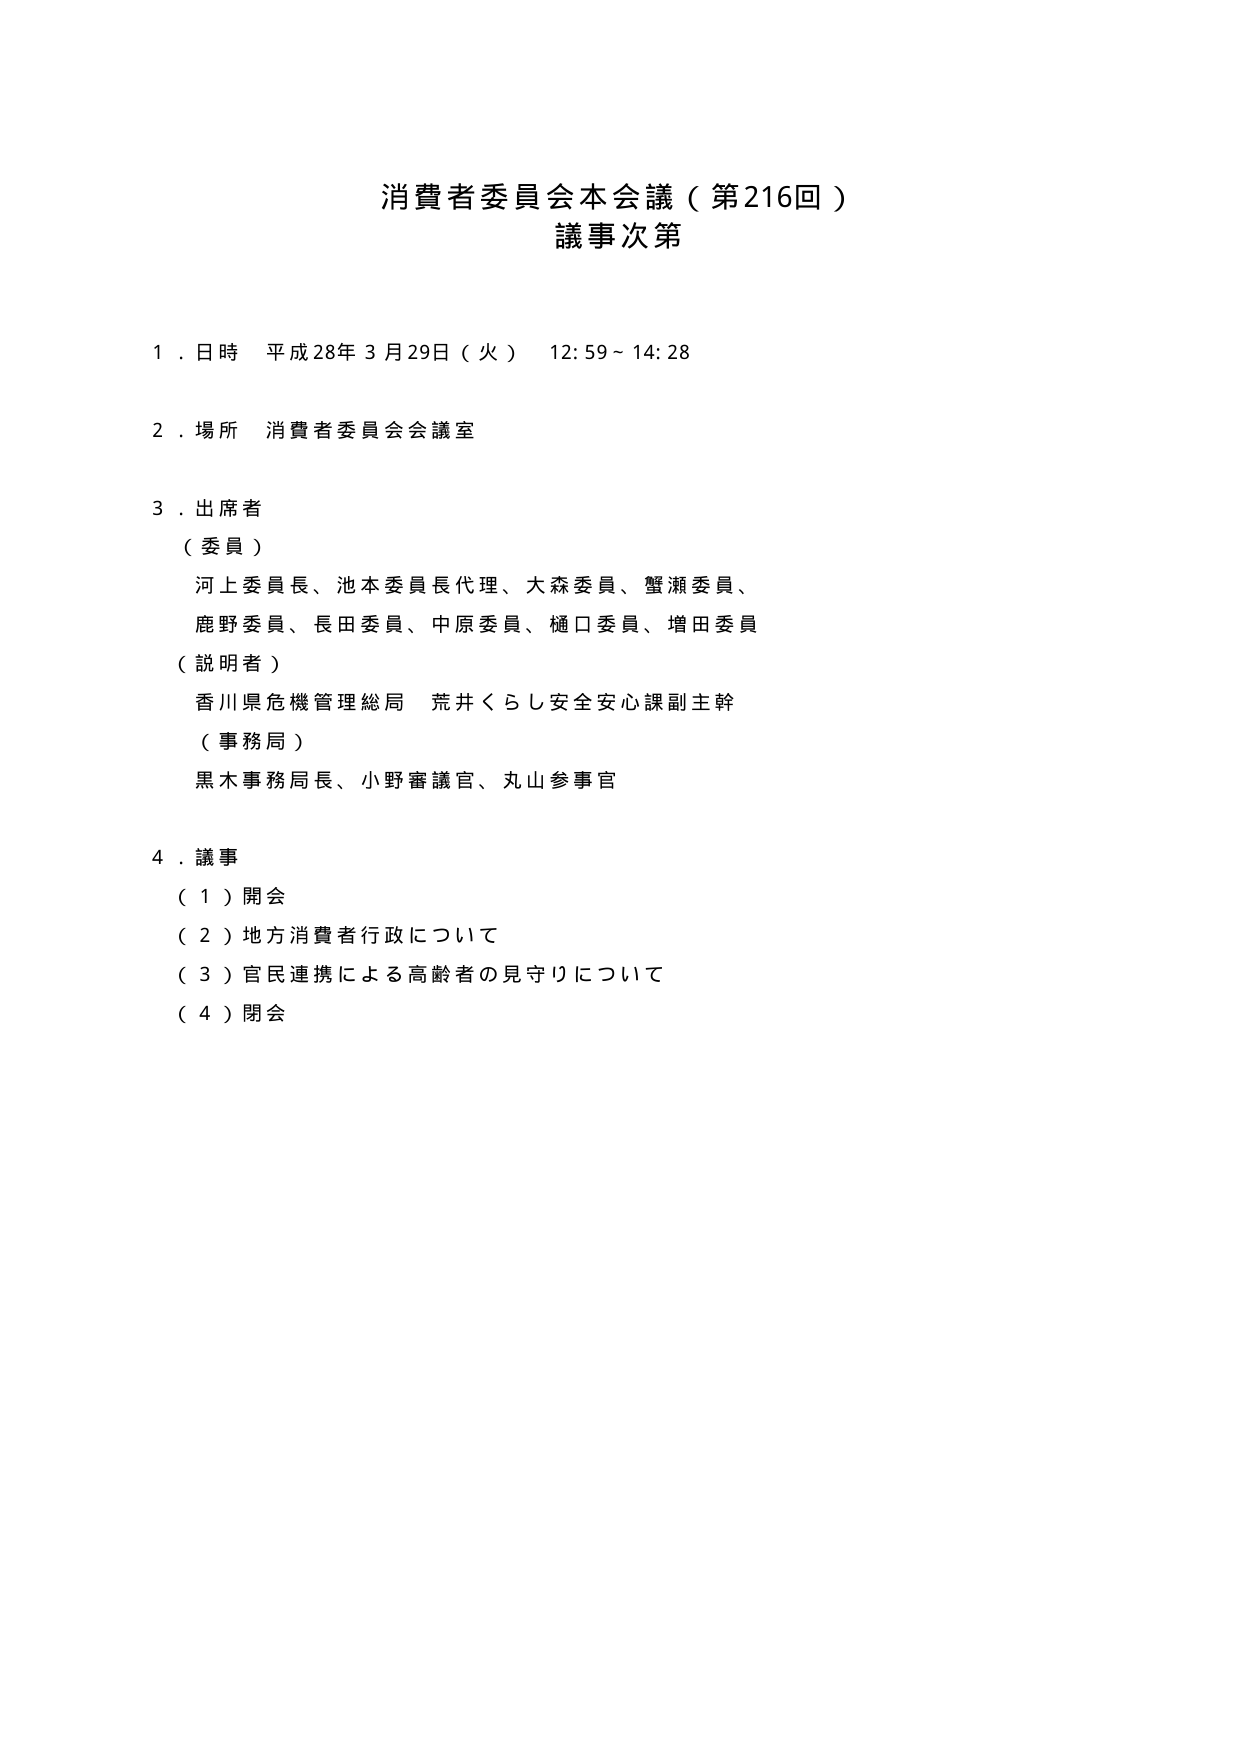
消費者委員会本会議（第216回）
議事次第

１．日時 平成28年3月29日（火） 12:59～14:28

２．場所 消費者委員会会議室

３．出席者
（委員）
河上委員長、池本委員長代理、大森委員、蟹瀬委員、
鹿野委員、長田委員、中原委員、樋口委員、増田委員
（説明者）
香川県危機管理総局 荒井くらし安全安心課副主幹
（事務局）
黒木事務局長、小野審議官、丸山参事官

４．議事
（１）開会
（２）地方消費者行政について
（３）官民連携による高齢者の見守りについて
（４）閉会